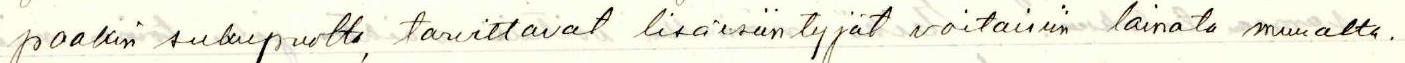
paakin sukupuolta, tarvittavat lisäesiintyjät voitaisiin lainata muualta.